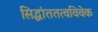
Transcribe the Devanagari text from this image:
सिद्धांततत्वविवेक